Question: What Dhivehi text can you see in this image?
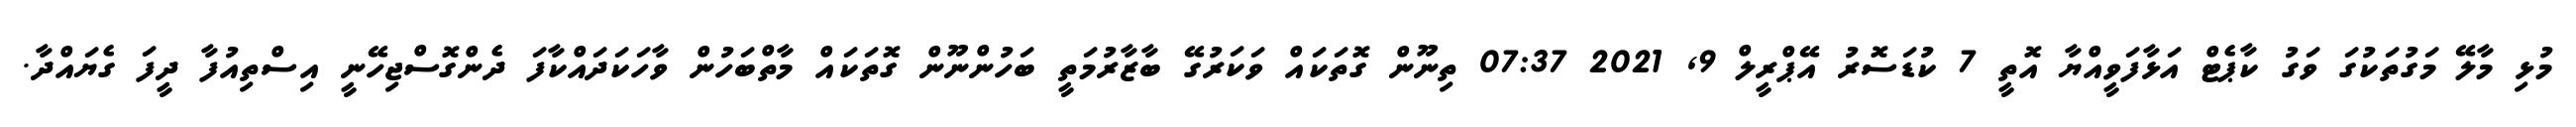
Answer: މުޅި މާލޭ މަގުތަކުގަ ވަގު ކާޕެޓް އަޅާފަވީއްޔާ އޮތީ 7 ކުޑަސޮރު އޭޕްރީލް 9, 2021 07:37 ތިނޫން ގޮތަކައް ވަކަރުގޭ ބާޒާރުމަތީ ބަހުންނޫން ގޮތަކައް މާތްބަހުން ވާހަކަދައްކާފަ ދެންގޮސްޖިހޭނީ އިސްތިއުފާ ދީފަ ގެޔައްދާ.